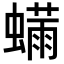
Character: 𬠬